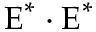
\boldsymbol { \mathrm { E } } ^ { * } \boldsymbol { \cdot } \boldsymbol { \mathrm { E } } ^ { * }